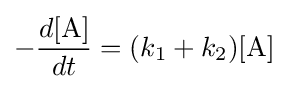
-{\frac {d[{\ce {A}}]}{dt}}=(k_{1}+k_{2})[{\ce {A}}]